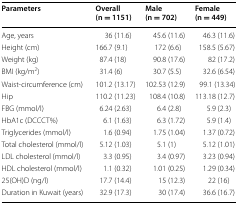
| Parameters | Overall(n = 1151) | Male(n = 702) | Female(n = 449) |
 | --- | --- | --- | --- |
 | Age, years | 36 (11.6) | 45.6 (11.6) | 46.3 (11.6) |
 | Height (cm) | 166.7 (9.1) | 172 (6.6) | 158.5 (5.67) |
 | Weight (kg) | 87.4 (18) | 90.8 (17.6) | 82 (17.2) |
 | BMI (kg/m2) | 31.4 (6) | 30.7 (5.5) | 32.6 (6.54) |
 | Waist-circumference (cm) | 101.2 (13.17) | 102.53 (12.9) | 99.1 (13.34) |
 | Hip | 110.2 (11.23) | 108.4 (10.8) | 113.18 (12.7) |
 | FBG (mmol/l) | 6.24 (2.63) | 6.4 (2.8) | 5.9 (2.3) |
 | HbA1c (DCCCT%) | 6.1 (1.63) | 6.3 (1.72) | 5.9 (1.4) |
 | Triglycerides (mmol/l) | 1.6 (0.94) | 1.75 (1.04) | 1.37 (0.72) |
 | Total cholesterol (mmol/l) | 5.12 (1.03) | 5.1 (1) | 5.12 (1.01) |
 | LDL cholesterol (mmol/l) | 3.3 (0.95) | 3.4 (0.97) | 3.23 (0.94) |
 | HDL cholesterol (mmol/l) | 1.1 (0.32) | 1.01 (0.25) | 1.29 (0.34) |
 | 25(OH)D (ng/l) | 17.7 (14.4) | 15 (12.3) | 22 (16) |
 | Duration in Kuwait (years) | 32.9 (17.3) | 30 (17.4) | 36.6 (16.7) |